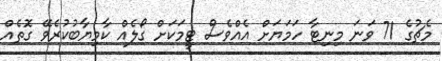
މެޗުގެ 71 ވަނަ މިނިޓާ ހަމަޔަށް އެއްވެސް ޓީމަކަށް ގޯލެއް ކާމިޔާބުކުރެވޭ ގޮތެއް